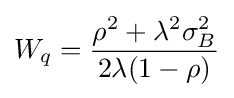
W_{q}={\frac {\rho ^{2}+\lambda ^{2}\sigma _{B}^{2}}{2\lambda (1-\rho )}}